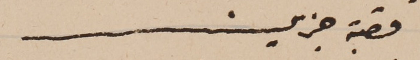
قصبة جزين